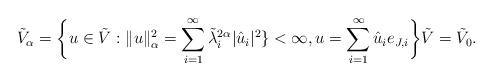
LaTeX: \begin{align*} \tilde V_\alpha=\bigg\{u\in \tilde V: \|u\|_\alpha^2=\sum_{i=1}^\infty\tilde\lambda_{i}^{2\alpha} |\hat u_i|^2\}<\infty,u=\sum_{i=1}^\infty \hat u_i e_{J,i}\bigg\} \tilde V=\tilde V_0. \end{align*}